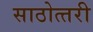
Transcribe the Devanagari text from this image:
साठोत्‍तरी